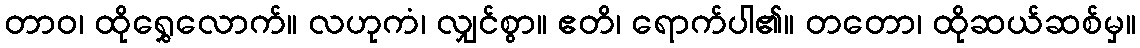
တာဝ၊ ထိုရွှေလောက်။ လဟုကံ၊ လျှင်စွာ။ ဧတိ၊ ရောက်ပါ၏။ တတော၊ ထိုဆယ်ဆစ်မှ။